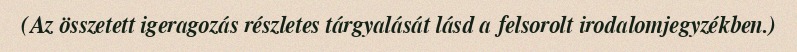
(Az összetett igeragozás részletes tárgyalását lásd a felsorolt irodalomjegyzékben.)